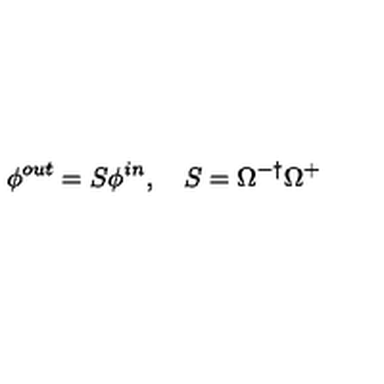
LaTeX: \phi ^ { o u t } = S \phi ^ { i n } , \quad S = \Omega ^ { - \dagger } \Omega ^ { + }